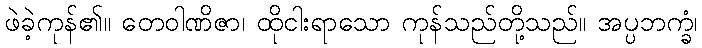
ဖဲခဲ့ကုန်၏။ တေဝါဏိဇာ၊ ထိုငါးရာသော ကုန်သည်တို့သည်။ အပ္ပဘက္ခံ၊